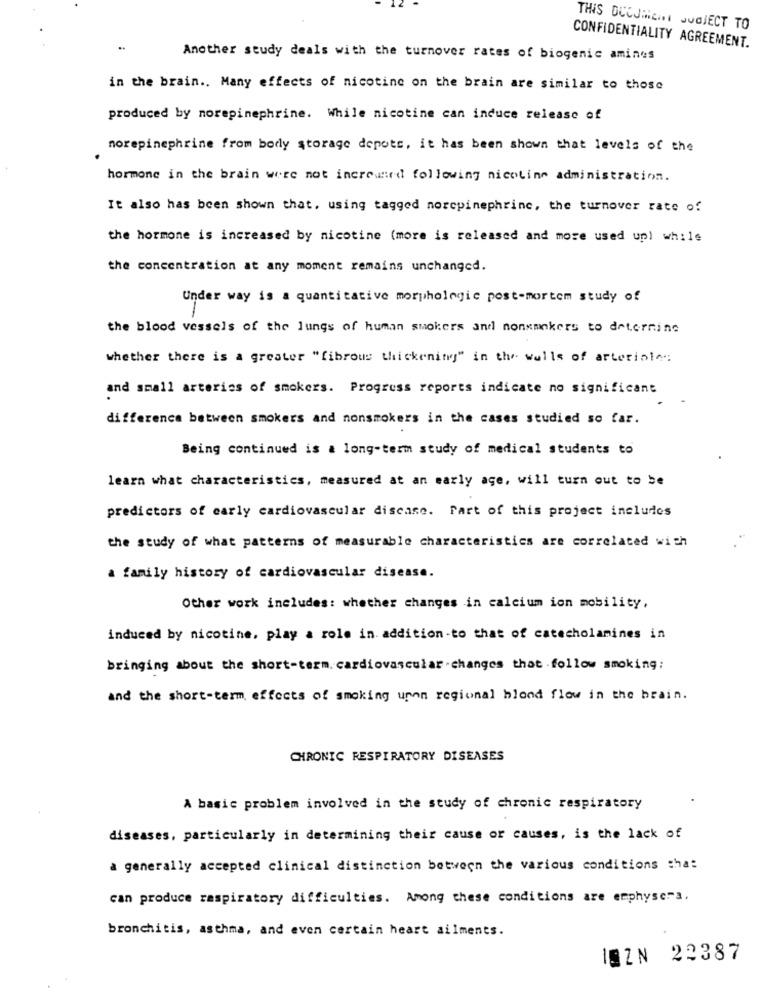
THIS DOCUMENT SUBJECT TO
CONFIDENTIALITY AGREEMENT.
Another study deals with the turnover rates of biogenic amines
in the brain .. Many effects of nicotine on the brain are similar to those
produced by norepinephrine. While nicotine can induce release of
norepinephrine from body storage depots, it has been shown that levels of the
hormone in the brain were not increased following nicoline administration.
It also has been shown that. using tagged norepinephrine, the turnover rate of
the hormone is increased by nicotine (more is released and more used up) while
the concentration at any moment remains unchanged.
Under way is a quantitative morphologie post-mortem study of
-
the blood vessels of the lungs of human smokers and nonsmokers to determine
whether there is a greater "fibrous thickening" in the walls of arteriole
and small arteries of smokers. Progress reports indicate no significant
difference between smokers and nonsmokers in the cases studied so far.
Being continued is a long-term study of medical students to
learn what characteristics, measured at an early age, will turn out to be
predictors of early cardiovascular discase. Part of this project includes
the study of what patterns of measurable characteristics are correlated with
a family history of cardiovascular disease.
Other work includes: whether changes in calcium ion mobility,
induced by nicotine, play a role in. addition-to that of catecholamines in
bringing about the short-term. cardiovascular. changes that .follow smoking;
and the short-term effects of smoking unon regional hlond flow in the brain.
CHRONIC RESPIRATORY DISEASES
A basic problem involved in the study of chronic respiratory
diseases, particularly in determining their cause or causes, is the lack of
a generally accepted clinical distinction between the various conditions that
can produce respiratory difficulties. Among these conditions are emphyse"3.
bronchitis, asthma, and even certain heart ailments.
ISZN 22387